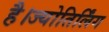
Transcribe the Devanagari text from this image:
है।ज्योतिर्लिंग